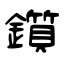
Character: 鑕